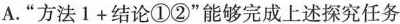
A. “方法 $$1 + 结论①②4$$” 能够完成上述探究任务